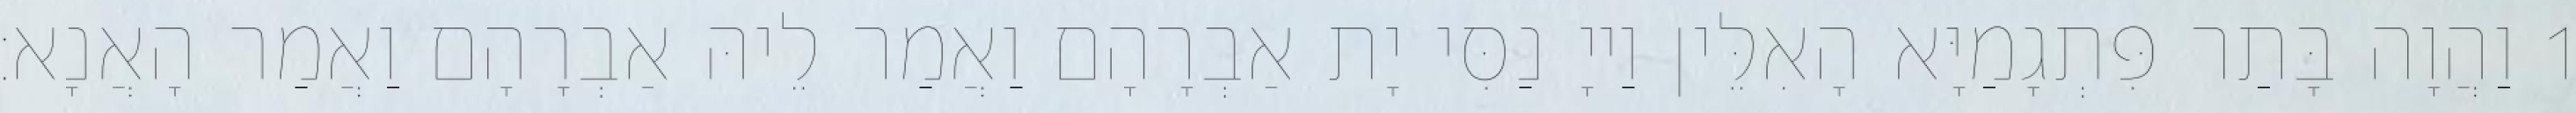
1 וַהֲוָה בָּתַר פִּתְגָמַיָּא הָאִלֵּין וַייָ נַסִּי יָת אַבְרָהָם וַאֲמַר לֵיהּ אַבְרָהָם וַאֲמַר הָאֲנָא׃